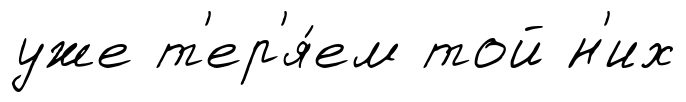
уже т'ер'я́ем той н'их